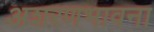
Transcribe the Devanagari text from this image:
अशरणभावना